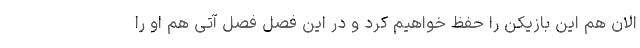
الان هم این بازیکن را حفظ خواهیم کرد و در این فصل فصل آتی هم او را